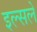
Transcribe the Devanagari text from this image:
इल्सले